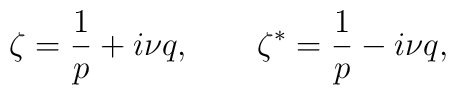
\zeta=\frac{1}{p}+i\nu q,~~~~~~\zeta^*=\frac{1}{p}-i\nu q,